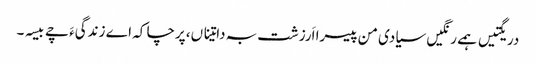
دریگتیں ہمے رنگیں سیادی من پیسرا اَرزشت بہ داتیناں، پرچا کہ اے زندگیءَ چے بیسہ۔